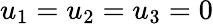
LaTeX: u_{1}=u_{2}=u_{3}=0